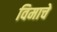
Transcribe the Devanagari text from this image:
विमाचे